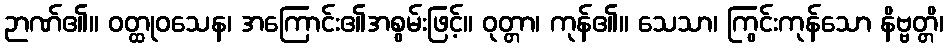
ဉာဏ်၏။ ဝတ္ထုဝသေန၊ အကြောင်း၏အစွမ်းဖြင့်။ ဝုတ္တာ၊ ကုန်၏။ သေသာ၊ ကြွင်းကုန်သော နိဗ္ဗတ္တိ၊